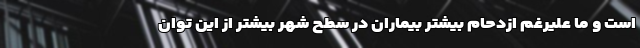
است و ما علیرغم ازدحام بیشتر بیماران در سطح شهر بیشتر از این توان